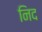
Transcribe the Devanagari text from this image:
निद